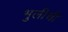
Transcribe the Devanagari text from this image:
भुलीची